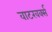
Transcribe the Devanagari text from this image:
वाटरवर्क्स